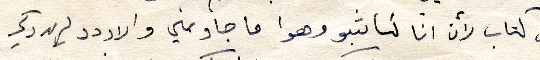
لي كتاب لأن انا كاتبتو وهوا ما جاوبني والاردد بريد دكي